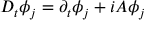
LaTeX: D _ { t } \phi _ { j } = \partial _ { t } \phi _ { j } + i A \phi _ { j }